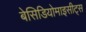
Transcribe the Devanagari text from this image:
बेसिडियोमाइसीट्स